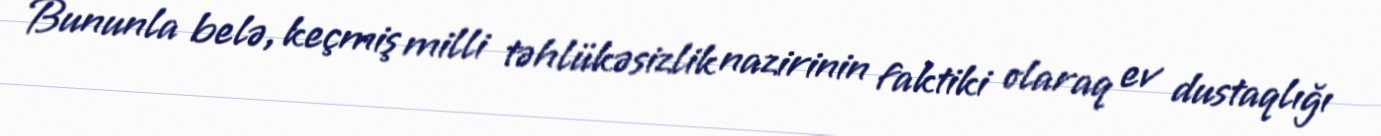
Bununla belə, keçmiş milli təhlükəsizlik nazirinin faktiki olaraq ev dustaqlığı